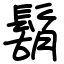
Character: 鬍